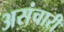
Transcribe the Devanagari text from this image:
असंचारी